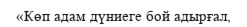
«Көп адам дүниеге бой адырғал,